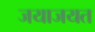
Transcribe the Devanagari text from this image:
जयाजयत